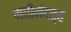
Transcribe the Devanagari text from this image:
मतीमंदत्व